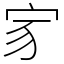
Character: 𡧘